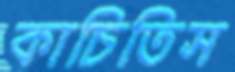
কাচিতিস